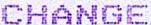
CHANGE